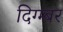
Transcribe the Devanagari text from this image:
दिग्म्बर